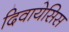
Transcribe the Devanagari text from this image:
दिवायेसिस